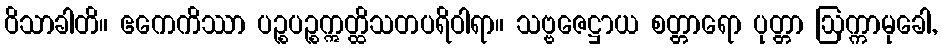
ဝိသာခါတိ။ ဧကေကိဿာ ပဉ္စပဉ္စဣတ္ထိသတပရိဝါရာ။ သဗ္ဗဇေဋ္ဌာယ စတ္တာရော ပုတ္တာ ဩက္ကာမုခေါ,